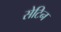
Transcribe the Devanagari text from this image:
सेटिन